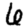
Digit: 6